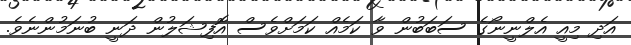
އަދި މިއީ އެލްނީނޯގެ ސަބަބުން ވާ ކަމެއް ކަމަށްވެސް އޮފިޝަލުން ދަނީ ބުނަމުންނެވެ.